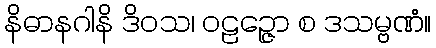
နိဓာနဂါနိ ဒိဝသ၊ ဝဠဉ္ဇော စ ဒသမ္ဗဏံ။